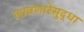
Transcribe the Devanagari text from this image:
लावणारेसुद्धा